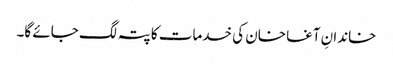
خاندانِ آغا خان کی خدمات کا پتہ لگ جائے گا۔